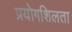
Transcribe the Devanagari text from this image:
प्रयोगशिलता